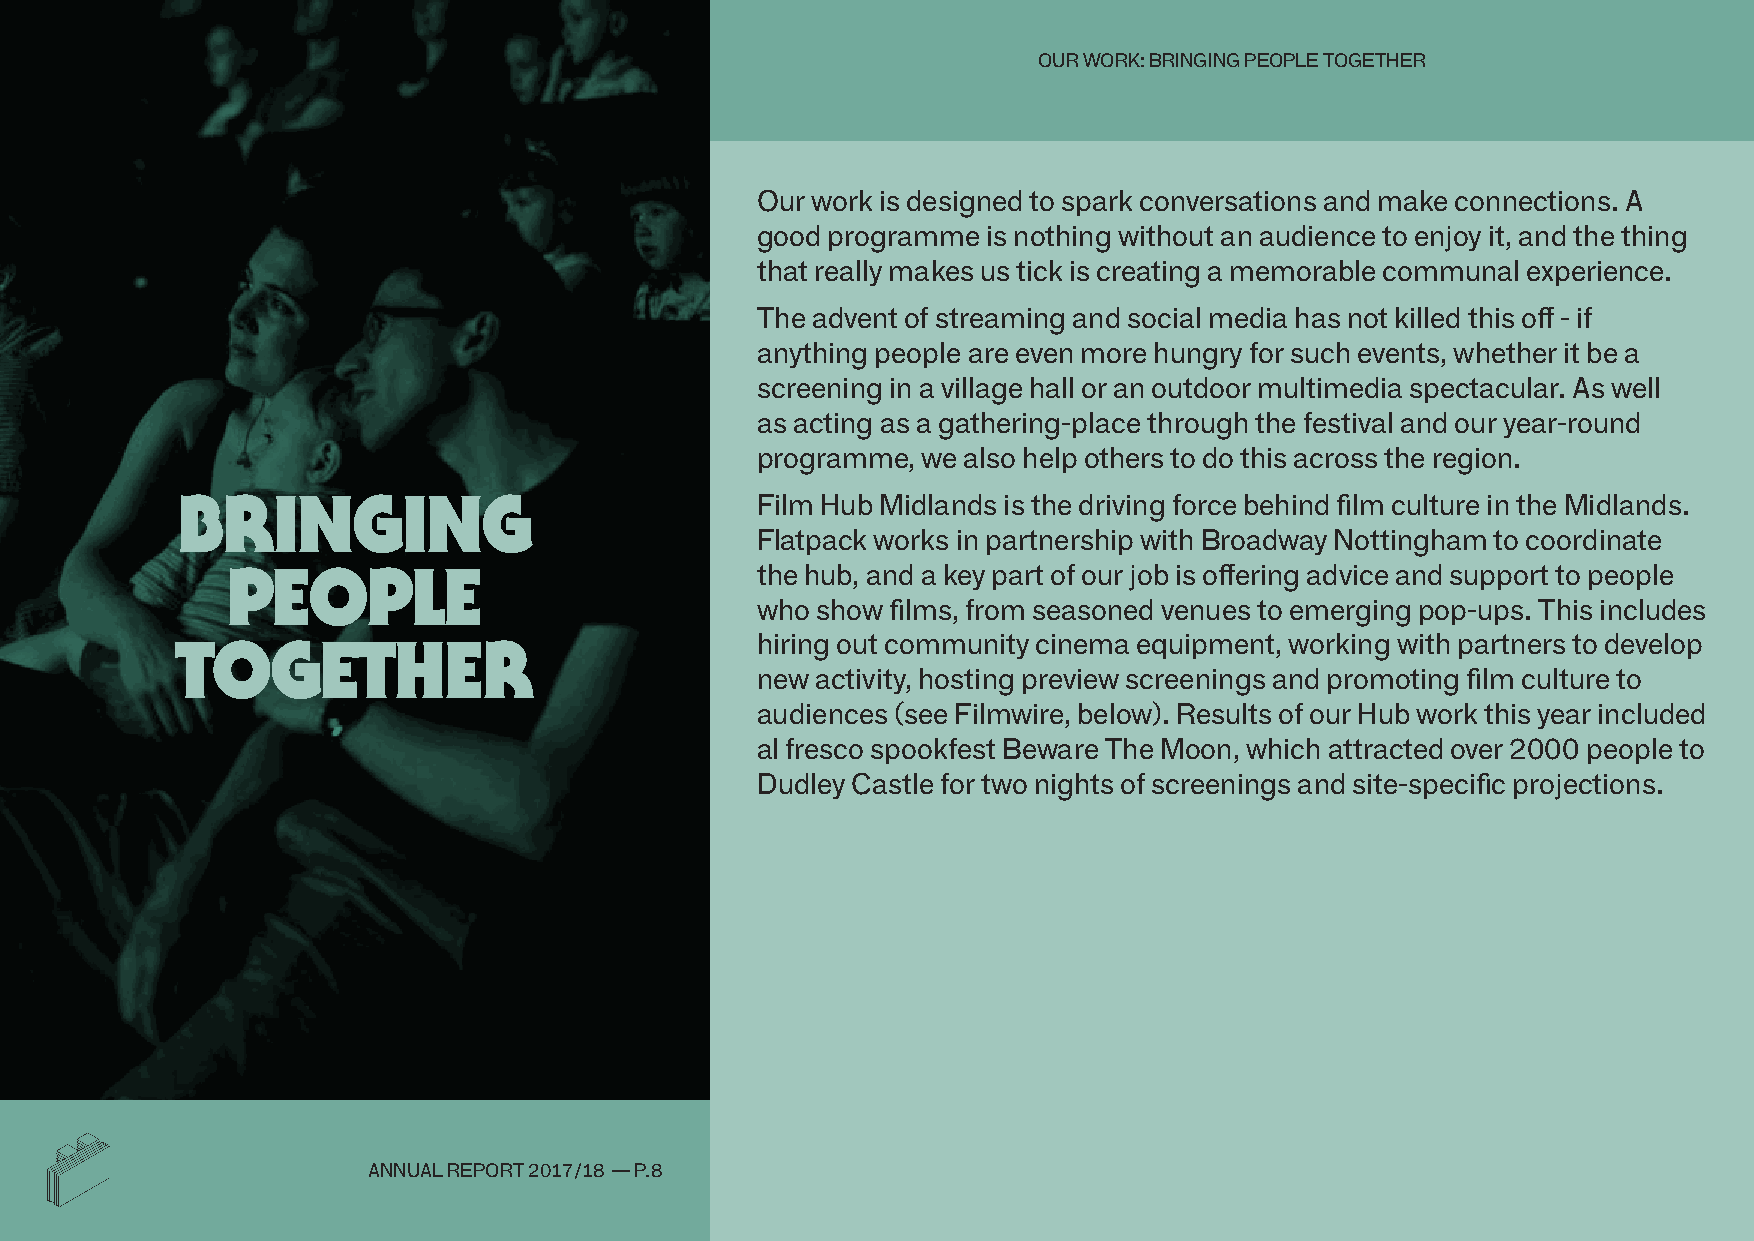
ouR WoRK: bRIngIng people togetheR
 our work is designed to spark conversations and make connections. a
 good programme is nothing without an audience to enjoy it, and the thing
 that really makes us tick is creating a memorable communal experience.
 the advent of streaming and social media has not killed this off - if
 anything people are even more hungry for such events, whether it be a
 screening in a village hall or an outdoor multimedia spectacular. as well
 as acting as a gathering-place through the festival and our year-round
 programme, we also help others to do this across the region.
 BrInGInG                              film hub midlands is the driving force behind film culture in the midlands.
 flatpack works in partnership with broadway nottingham to coordinate
 people                             the hub, and a key part of our job is offering advice and support to people
 who show films, from seasoned venues to emerging pop-ups. this includes
 toGether                              hiring out community cinema equipment, working with partners to develop
 new activity, hosting preview screenings and promoting film culture to
 audiences (see filmwire, below). Results of our hub work this year included
 al fresco spookfest beware the moon, which attracted over 2000 people to
 dudley Castle for two nights of screenings and site-specific projections.
 annual RepoRt 2017/18 — p.8